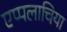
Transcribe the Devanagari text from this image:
एप्पलाचिया